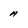
Character: a